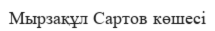
Мырзақұл Сартов көшесі